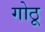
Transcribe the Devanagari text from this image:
गोठू